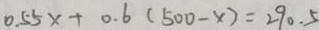
0 . 5 5 x + 0 . 6 ( 5 0 0 - x ) = 2 9 0 . 5